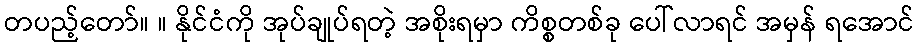
တပည့်တော်။ ။ နိုင်ငံကို အုပ်ချုပ်ရတဲ့ အစိုးရမှာ ကိစ္စတစ်ခု ပေါ်လာရင် အမှန် ရအောင်